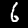
Label: 6